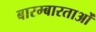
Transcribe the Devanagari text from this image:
बारम्बारताओं